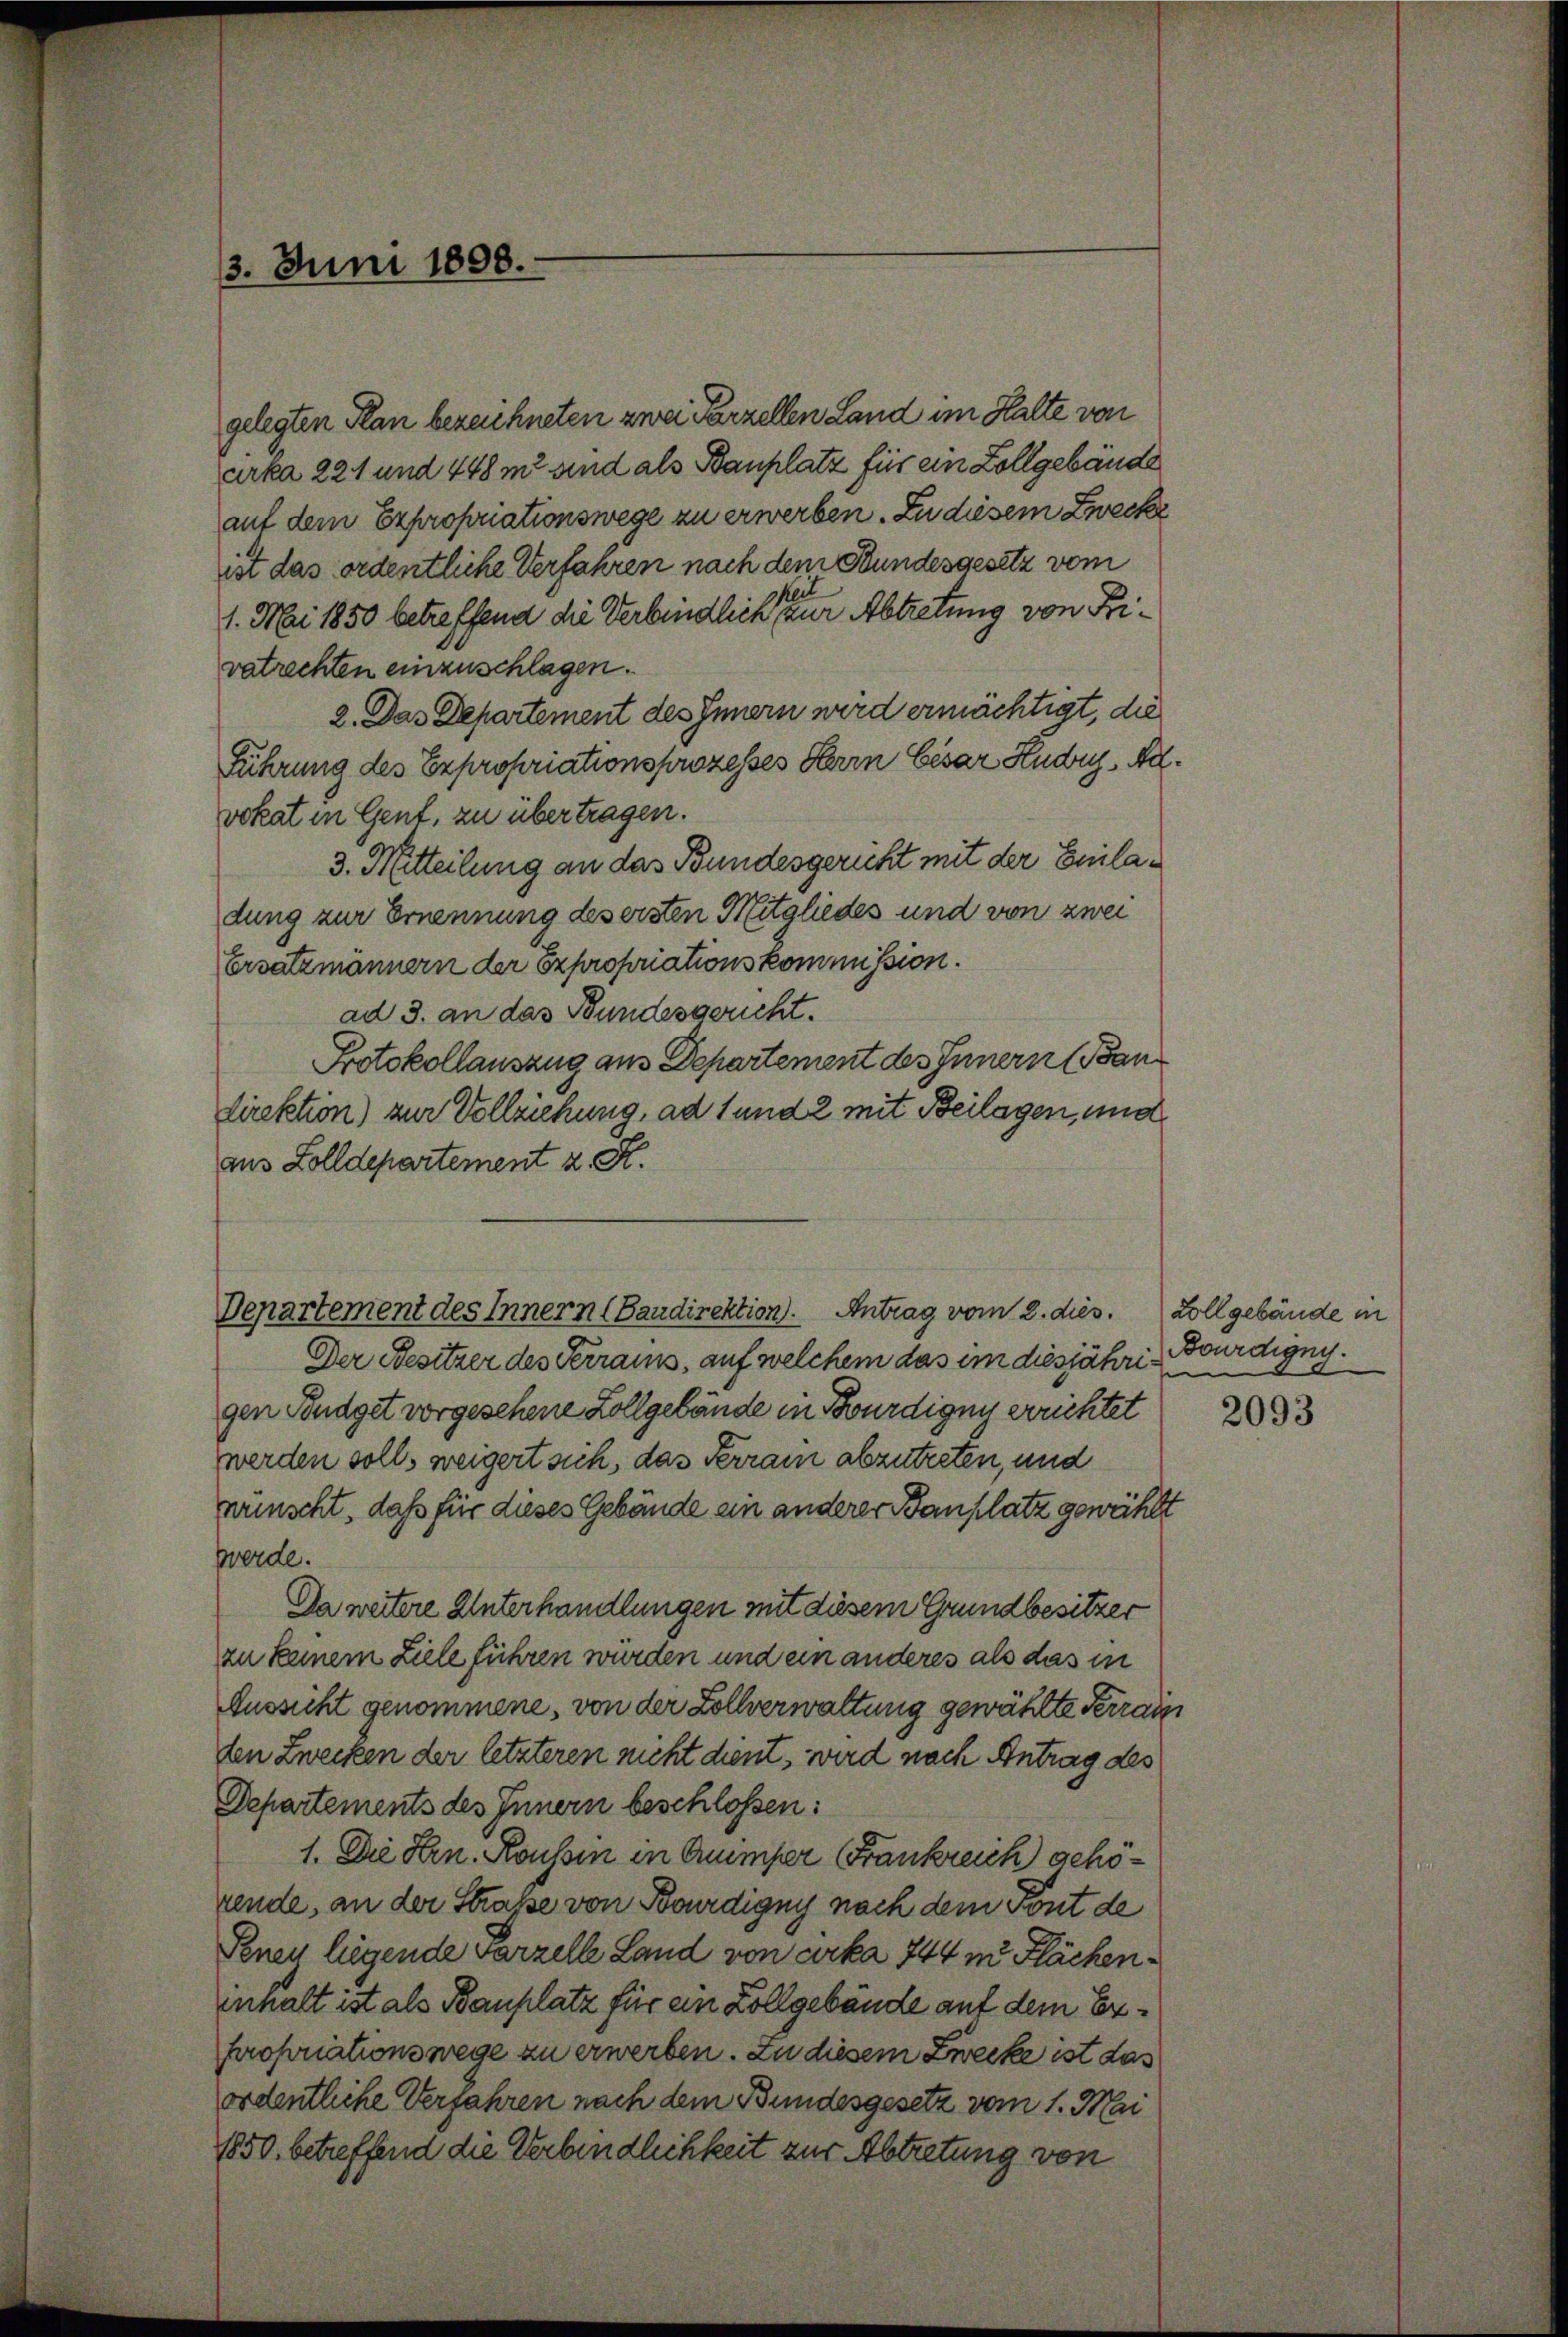
13. Juni 1898.

gelegten Plan bezeichneten zwei Parzellen Land im Halte von
urka 221 und 448 m sind als Bauplatz für ein Zollgebäude
auf dem Expropriationswege zu erwerben. Zu diesem Zwecke
ist das ordentliche Verfahren nach dem Bundesgesetz vom
1. Mai 1850 betreffend die Verbindlich einer Abtretung von Divatrechten einzuschlagen.
2. Das Departement des Innern wird ermächtigt, die
Führung des Expropriationsprozesses Herrn Cesar Kudry, Al.
vokat in Gent, zu übertragen.
3. Mitteilung an das Bundesgericht mit der Emiladung zur Ernennung des ersten Mitgliedes und von zwei
Ersatzmännern der Expropriationskommission.
ad 3. an das Bundesgericht.
Protokollauszug aus Departement des Innern (Ban
direktion) zur Vollziehung, ad 1 und 2 mit Beilagen, und
aus Zolldepartement z. K.
Departement des Innern (Bandirektion. Antrag vom 2. dies.
Der Besitzer des Terrains, auf welchem das im diesjährigen Budget vorgesehene Zollgebäude in Bürdigny errichtet
werden soll, weigert sich, das Terrain abzutreten, und
wünscht, daß für dieses Gebäude ein anderer Bauplatz gewählt
werde.
Da weitere Unterhandlungen mit diesem Grundbesitzer
zu keinem Ziele führen wurden und ein anderes als das in
Aussicht genommene, von der Zollverwaltung gewählte Terrain
ten Zwecken der letzteren nicht dient, wird nach Antrag des
Departements des Innern beschlossen:
1. Die Hrn. Roussin in Guimper Frankreich gehörende, an der Straße von Bourdigny nach dem Pont de
Penen liegende Parzelle Land von cirka 744 m Flächeninhalt ist als Bauplatz für ein Zollgebäude auf dem Erprofonationswege zu erwerben. Zu diesem Zwecke ist das
ordentliche Verfahren nach dem Bundesgesetz vom 1. Mai
1850. betreffend die Verbindlichkeit zur Abtretung von

Zollgebäude in
Bourdigny.

2093